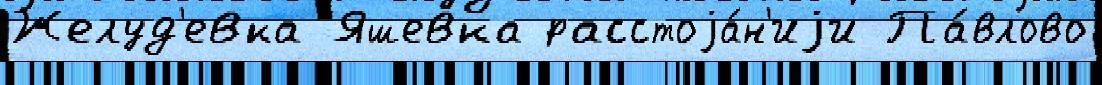
Желуд'евка Яшевка расстоjа́н'иjи Па́влово